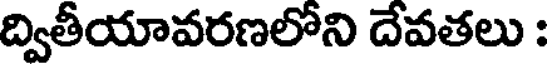
ద్వితీయావరణలోని దేవతలు :